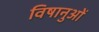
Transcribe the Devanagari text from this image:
विषानुओं